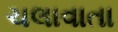
ચલાવાતા